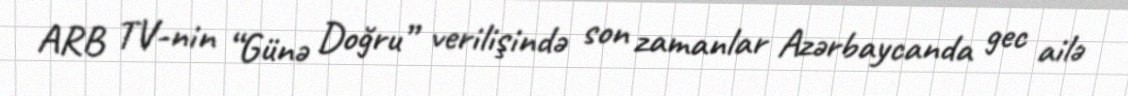
ARB TV-nin “Günə Doğru” verilişində son zamanlar Azərbaycanda gec ailə